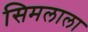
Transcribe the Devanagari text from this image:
सिमलाला